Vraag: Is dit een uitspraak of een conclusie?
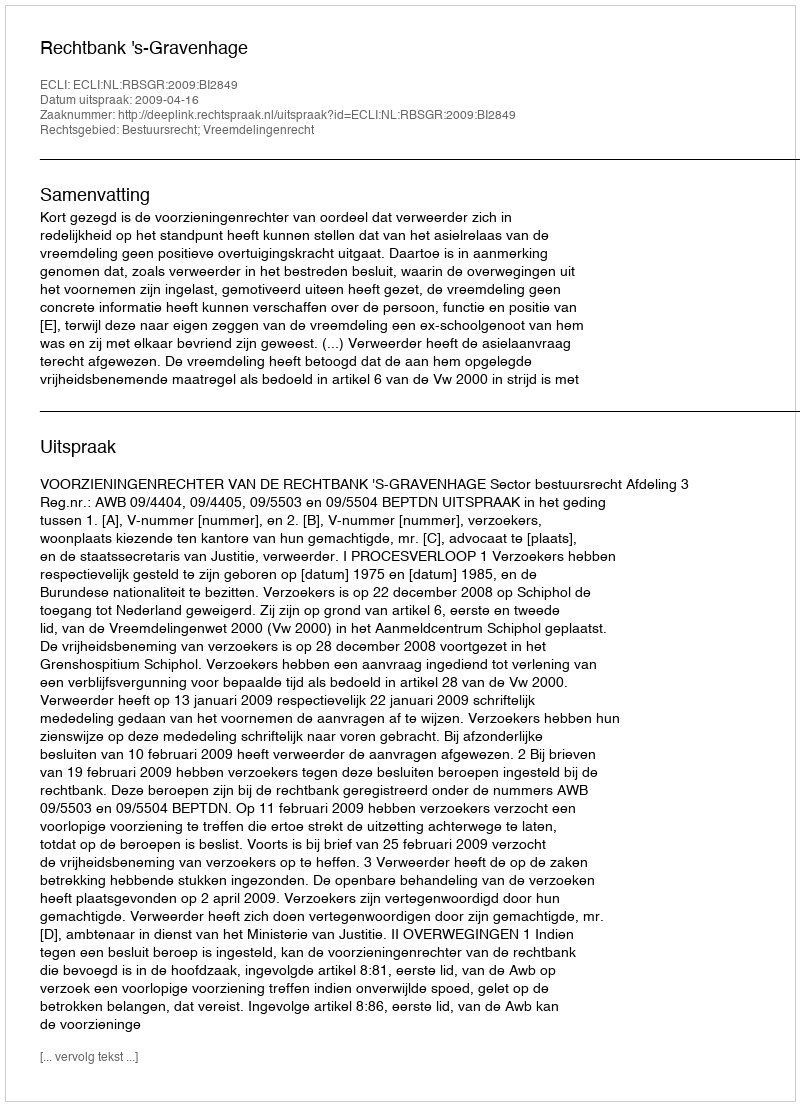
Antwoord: Uitspraak